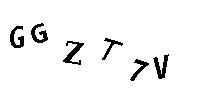
GGZT7V